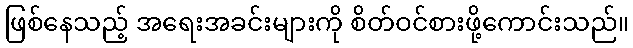
ဖြစ်နေသည့် အရေးအခင်းများကို စိတ်ဝင်စားဖို့ကောင်းသည်။